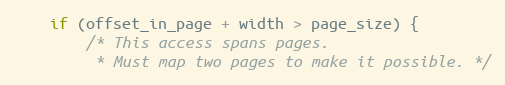
Language: C
    if (offset_in_page + width > page_size) {
        /* This access spans pages.
         * Must map two pages to make it possible. */